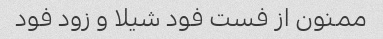
ممنون از فست فود شیلا و زود فود